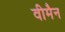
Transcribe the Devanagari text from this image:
वीमैन